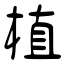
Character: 植